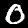
Digit: 0